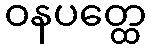
ဝနပတ္ထေ